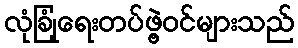
လုံခြုံရေးတပ်ဖွဲ့ဝင်များသည်